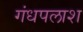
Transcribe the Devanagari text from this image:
गंधपलाश